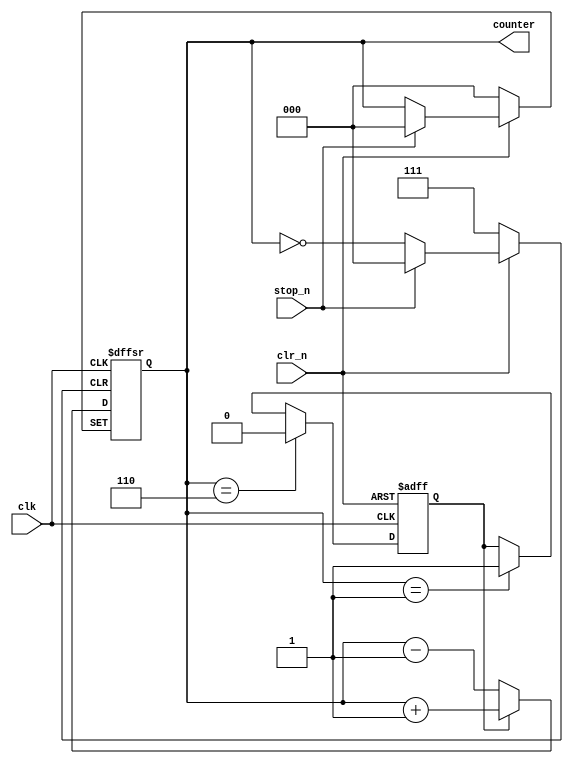
module  counter_auto(
    input clr_n ,
    input stop_n ,
    input clk,
    output reg [2:0] counter 
);
reg flag; 

always @(posedge clk or negedge clr_n) begin
    if(clr_n == 1'b0)
        flag <= 1'b1;
    else if(counter == 'd6) 
        flag <= 1'b0;
    else if(counter == 'd1)
        flag <= 1'b1;
end

//counter
always  @(posedge clk or negedge clr_n or negedge stop_n) begin
        if(clr_n == 1'b0)
            counter <= 3'b000;
        else if(stop_n == 1'b0) 
           counter <= counter;
        else if(flag == 1'b1) 
           counter <= counter + 1'b1;
        else if(flag == 1'b0)
           counter <= counter - 1'b1; 
end
endmodule